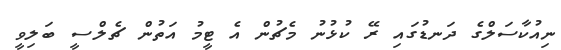
ނިއުކާސަލްގެ ދަނޑުގައި ރޭ ކުޅުނު މެޗުން އެ ޓީމު އަތުން ޗެލްސީ ބަލިވީ